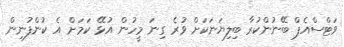
ވަޓްސްއެޕް ބޭނުންކުރާ ބިލިޔަނަކަށް ވުރެ ގިނަ މީހުން އުޅޭ ކަމަށް އެ ކުންފުނިން